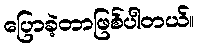
ပြောခဲ့တာဖြစ်ပါတယ်။